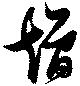
矰